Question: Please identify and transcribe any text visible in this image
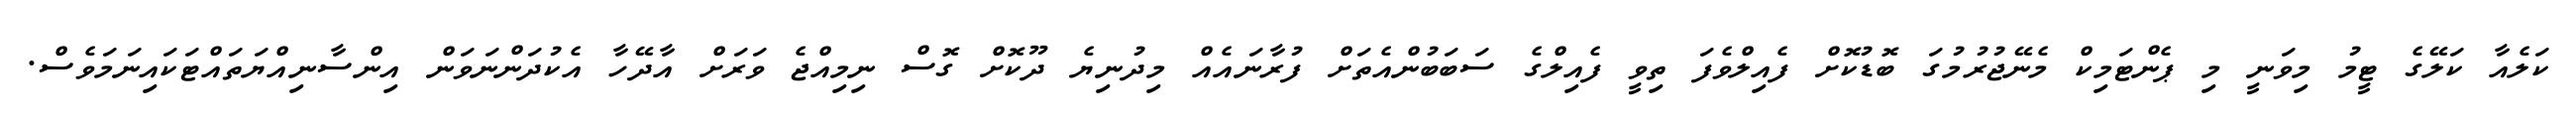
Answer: ކަލެއާ ކަލޭގެ ޓީމު މިވަނީ މި ޕެންޓަމިކް މެނޭޖުރުމުގަ ބޮޑުކޮށް ފެއިލްވެފަ ތިވީ ފެއިލްގެ ސަބަބުންއެތަށް ފުރާނައެއް މިދުނިޔެ ދޫކޮށް ގޮސް ނިމިއްޖެ ވަރަށް އާދޭހާ އެކުދަންނަވަން އިންސާނިއްޔަތައްޓަކައިނަމަވެސް.